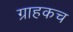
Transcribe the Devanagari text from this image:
ग्राहकच